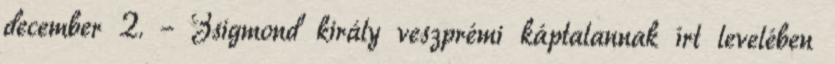
december 2. – Zsigmond király veszprémi káptalannak írt levelében